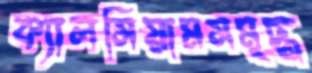
ক্যালসিয়ামসমৃদ্ধ